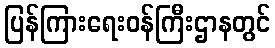
ပြန်ကြားရေးဝန်ကြီးဌာနတွင်